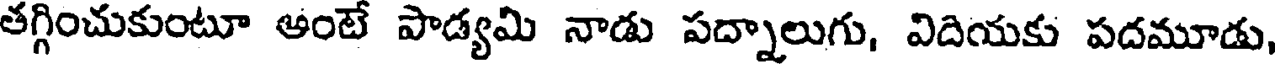
తగ్గించుకుంటూ అంటే పాడ్యమి నాడు పద్నాలుగు, విదియకు పదమూడు